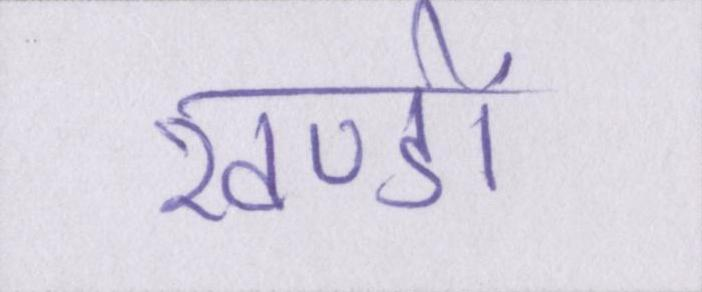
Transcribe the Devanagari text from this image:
खण्डों